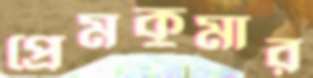
প্রেমকুমার